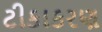
ટીકાકરણ